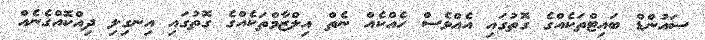
ސައުންޑް ބައިޓްތަކެއްގެ ގޮތުގައި އެއްވެސް ހެއްކެއް ނެތް އިލްޒާމްތަކެއްގެ ގޮތުގައި އިނގިލި ދިއްކޮއްގެނެއް